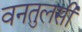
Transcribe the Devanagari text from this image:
वनतुलसी